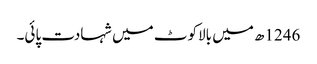
1246ھ میں بالاکوٹ میں شہادت پائی۔